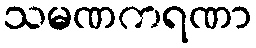
သမဏကရဏာ